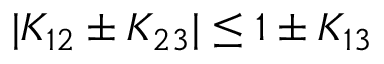
| K _ { 1 2 } \pm K _ { 2 3 } | \le 1 \pm K _ { 1 3 }